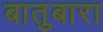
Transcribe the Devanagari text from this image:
बातुबारा